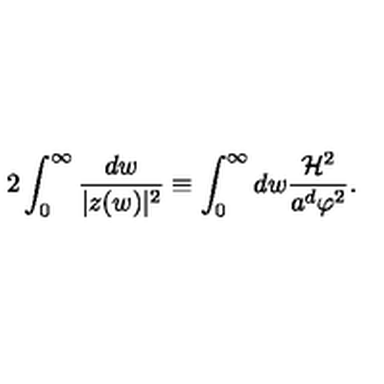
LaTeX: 2 \int _ { 0 } ^ { \infty } \frac { d w } { | z ( w ) | ^ { 2 } } \equiv \int _ { 0 } ^ { \infty } d w \frac { { \cal H } ^ { 2 } } { a ^ { d } \varphi ^ { 2 } } .